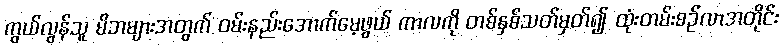
ကွယ်လွန်သူ မိဘများအတွက် ဝမ်းနည်းအောက်မေ့ဖွယ် ကာလကို တစ်နှစ်သတ်မှတ်၍ ထုံးတမ်းစဉ်လာအတိုင်း